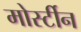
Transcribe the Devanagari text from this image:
मोर्स्टीन